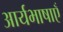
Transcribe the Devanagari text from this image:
आर्यभाषाएँ